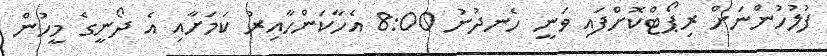
ފުލުހުންނަށް ރިޕޯޓްކޮށްފައި ވަނީ ހެނދުނު 8:00 އެހާކަންހާއިރު ކަމަށާއި އެ ދޯނީގެ މީހުން